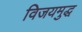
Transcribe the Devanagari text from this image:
विजयमुद्ध